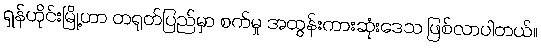
ရှန်ဟိုင်းမြို့ဟာ တရုတ်ပြည်မှာ စက်မှု အထွန်းကားဆုံးဒေသ ဖြစ်လာပါတယ်။